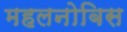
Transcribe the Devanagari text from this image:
महलनोबिस